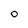
Character: O